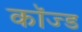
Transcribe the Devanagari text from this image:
कॉज्ड